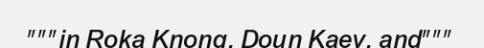
"""in Roka Knong, Doun Kaev, and"""